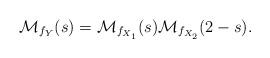
LaTeX: \begin{align*}\mathcal{M}_{f_Y}(s)=\mathcal{M}_{f_{X_1}}(s)\mathcal{M}_{f_{X_2}}(2-s).\end{align*}